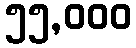
၅၅,၀၀၀